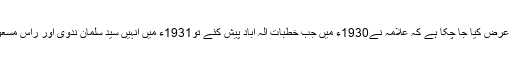
اس سے پہلے بھی ان سطور کے ذریعے کئی بار عرض کیا جا چکا ہے کہ علامہؒ نے1930ء میں جب خطبات اِلہ آباد پیش کئے تو1931ء میں انہیں سید سلمان ندویؒ اور راس مسعود کی معیت میں کابل کے دورے کی دعوت ملی۔